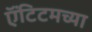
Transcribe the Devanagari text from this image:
ऍंटिटमच्या